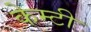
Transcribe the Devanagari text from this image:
केम्टी